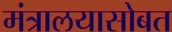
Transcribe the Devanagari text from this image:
मंत्रालयासोबत